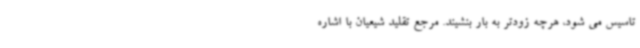
تاسیس می شود، هرچه زودتر به بار بنشیند. مرجع تقلید شیعیان با اشاره